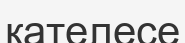
қателесе